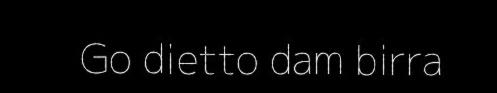
Go dietto dam birra